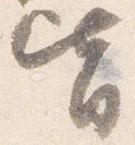
皆